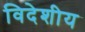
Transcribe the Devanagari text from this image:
विदेशीय